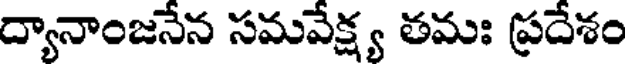
ద్యానాంజనేన సమవేక్ష్య తమః ప్రదేశం